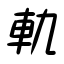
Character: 軌